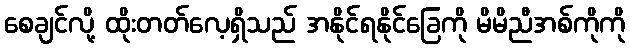
စေချင်လို့ ထိုးတတ်လေ့ရှိသည် အနိုင်ရနိုင်ခြေကို မိမိညီအစ်ကိုကို